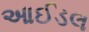
આઈડલ